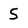
Character: 5